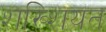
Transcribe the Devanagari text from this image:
शख्शियत